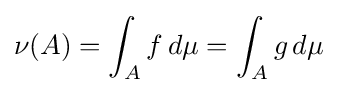
\nu (A)=\int _{A}f\,d\mu =\int _{A}g\,d\mu